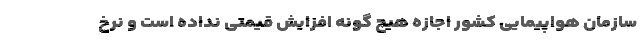
سازمان هواپیمایی کشور اجازه هیچ گونه افزایش قیمتی نداده است و نرخ